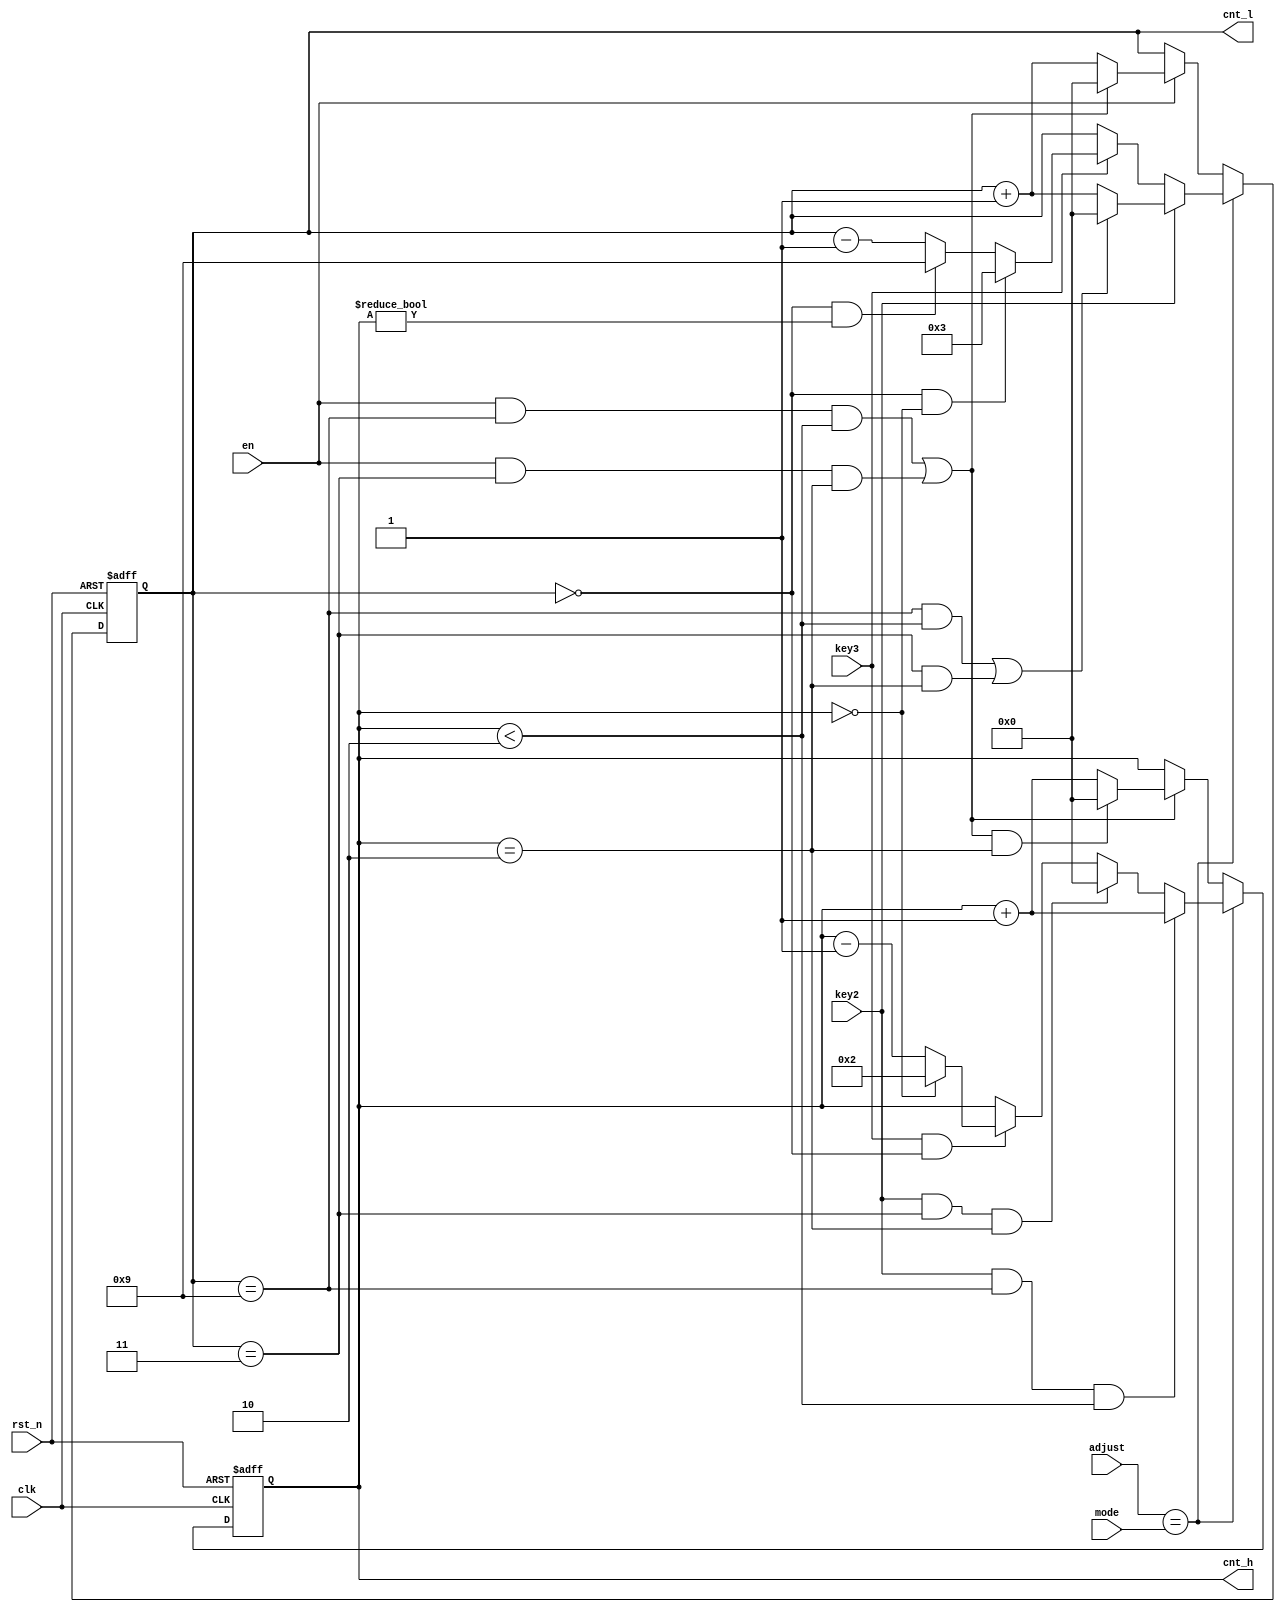
/************************************************************************
 * Create time   : 2018-04-19 12:55
 * Description   : 
 * *********************************************************************/
module  counter24(
        input                   clk                     ,
        input                   rst_n                   ,
        //
        input                   key2                    ,
        input                   key3                    ,
        input         [ 2: 0]   adjust                  ,
        input         [ 2: 0]   mode                    ,
        //
        input                   en                      ,
        output  wire  [ 3: 0]   cnt_l                   ,
        output  wire  [ 3: 0]   cnt_h                   
);
//=====================================================================\
// ********** Define Parameter and Internal Signals *************
//=====================================================================/
reg     [ 3: 0]                 cnt0                            ;
wire                            add_cnt0                        ;
wire                            end_cnt0                        ;

reg     [ 3: 0]                 cnt1                            ;
wire                            add_cnt1                        ;
wire                            end_cnt1                        ;

//======================================================================
// ***************      Main    Code    ****************
//======================================================================
//cnt0
always @(posedge clk or negedge rst_n)begin
    if(!rst_n)begin
        cnt0 <= 0;
    end
    else if(adjust == mode)begin
        if(key2)begin
            if((cnt0 == 10-1 && cnt1 < 2) || (cnt0 == 4-1 && cnt1 == 2))
                cnt0    <=  'd0;
            else
                cnt0    <=  cnt0 + 1'b1;
        end
        else if(key3)begin
            if(cnt0 == 'd0 && cnt1 == 'd0)
                cnt0    <=  'd3;
            else if(cnt0 == 'd0 && cnt1 != 'd0)
                cnt0    <=  'd9;
            else
                cnt0    <=  cnt0 - 1'b1;  
        end
    end
    else if(add_cnt0)begin
        if(end_cnt0)
            cnt0 <= 0;
        else
            cnt0 <= cnt0 + 1;
    end
end

assign  add_cnt0        =       en;
assign  end_cnt0        =       (add_cnt0 && cnt0 == 10-1 && cnt1 < 2) || (add_cnt0 && cnt0 == 4-1 && cnt1 == 2);

//cnt1
always @(posedge clk or negedge rst_n)begin 
    if(!rst_n)begin
        cnt1 <= 0;
    end
    else if(adjust == mode)begin
        if(key2 && cnt0 == 'd9 && cnt1 < 2)//cnt1 
            cnt1    <=  cnt1 + 1'b1;
        else if(key2 && cnt0 == 'd3 && cnt1 == 2)
            cnt1    <=  'd0;
        else if(key3 && cnt0 == 'd0)begin//cnt1 
            if(cnt1 == 'd0)
                cnt1    <=  'd2;
            else    
                cnt1    <=  cnt1 - 1'b1;
        end
    end
    else if(add_cnt1)begin
        if(end_cnt1)
            cnt1 <= 0;
        else
            cnt1 <= cnt1 + 1;
    end
end

assign  add_cnt1        =       end_cnt0;
assign  end_cnt1        =       add_cnt1 && cnt1 == 3-1;

assign  cnt_l           =       cnt0;
assign  cnt_h           =       cnt1;




endmodule